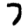
Digit: 7